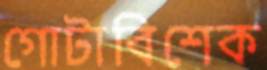
গোটাবিশেক